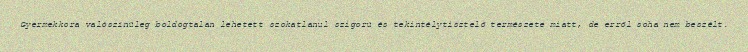
Gyermekkora valószínűleg boldogtalan lehetett szokatlanul szigorú és tekintélytisztelő természete miatt, de erről soha nem beszélt.